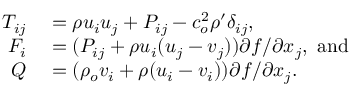
\begin{array} { r l } { T _ { i j } } & { { } = \rho u _ { i } u _ { j } + P _ { i j } - c _ { o } ^ { 2 } \rho ^ { \prime } \delta _ { i j } , } \\ { F _ { i } } & { { } = ( P _ { i j } + \rho u _ { i } ( u _ { j } - v _ { j } ) ) { \partial f } / { \partial x _ { j } } , ~ \mathrm { a n d } } \\ { Q } & { { } = ( \rho _ { o } v _ { i } + \rho ( u _ { i } - v _ { i } ) ) { \partial f } / { \partial x _ { j } } . } \end{array}